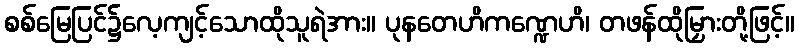
စစ်မြေပြင်၌လေ့ကျင့်သောထိုသူရဲအား။ ပုနတေဟိကဏ္ဍေဟိ၊ တဖန်ထိုမြှားတို့ဖြင့်။